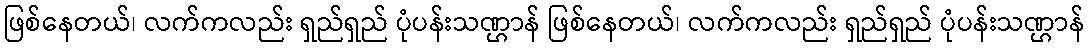
ဖြစ်နေတယ်၊ လက်ကလည်း ရှည်ရှည် ပုံပန်းသဏ္ဌာန် ဖြစ်နေတယ်၊ လက်ကလည်း ရှည်ရှည် ပုံပန်းသဏ္ဌာန်